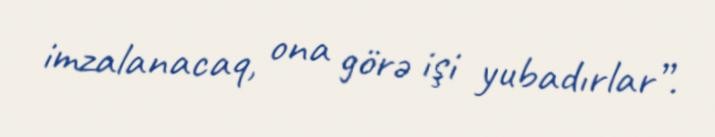
imzalanacaq, ona görə işi yubadırlar”.